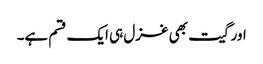
اور گیت بھی غزل ہی ایک قسم ہے۔